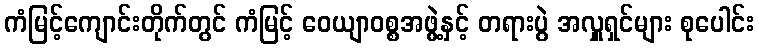
ကံမြင့်ကျောင်းတိုက်တွင် ကံမြင့် ဝေယျာဝစ္စအဖွဲ့နှင့် တရားပွဲ အလှူရှင်များ စုပေါင်း